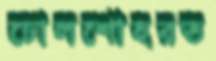
ঢোলশোহরত